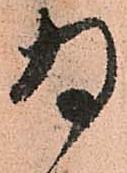
為